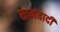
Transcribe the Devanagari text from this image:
सामंवादी